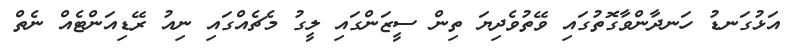
އަޅުގަނޑު ހަނދާންވާގޮތުގައި ވޭތުވެދިޔަ ތިން ސީޒަންގައި ލީގު މެޗެއްގައި ނިއު ރޭޑިއަންޓެއް ނެތް